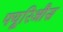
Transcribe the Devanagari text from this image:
फ्यूरिऔस